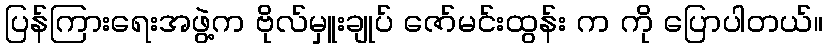
ပြန်ကြားရေးအဖွဲ့က ဗိုလ်မှူးချုပ် ဇော်မင်းထွန်း က ကို ပြောပါတယ်။